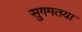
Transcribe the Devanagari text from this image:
सुगमतया